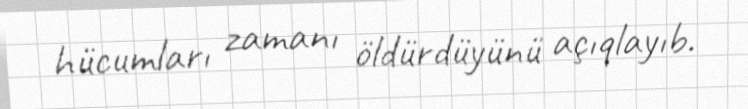
hücumları zamanı öldürdüyünü açıqlayıb.